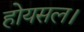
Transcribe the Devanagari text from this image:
होयसल।